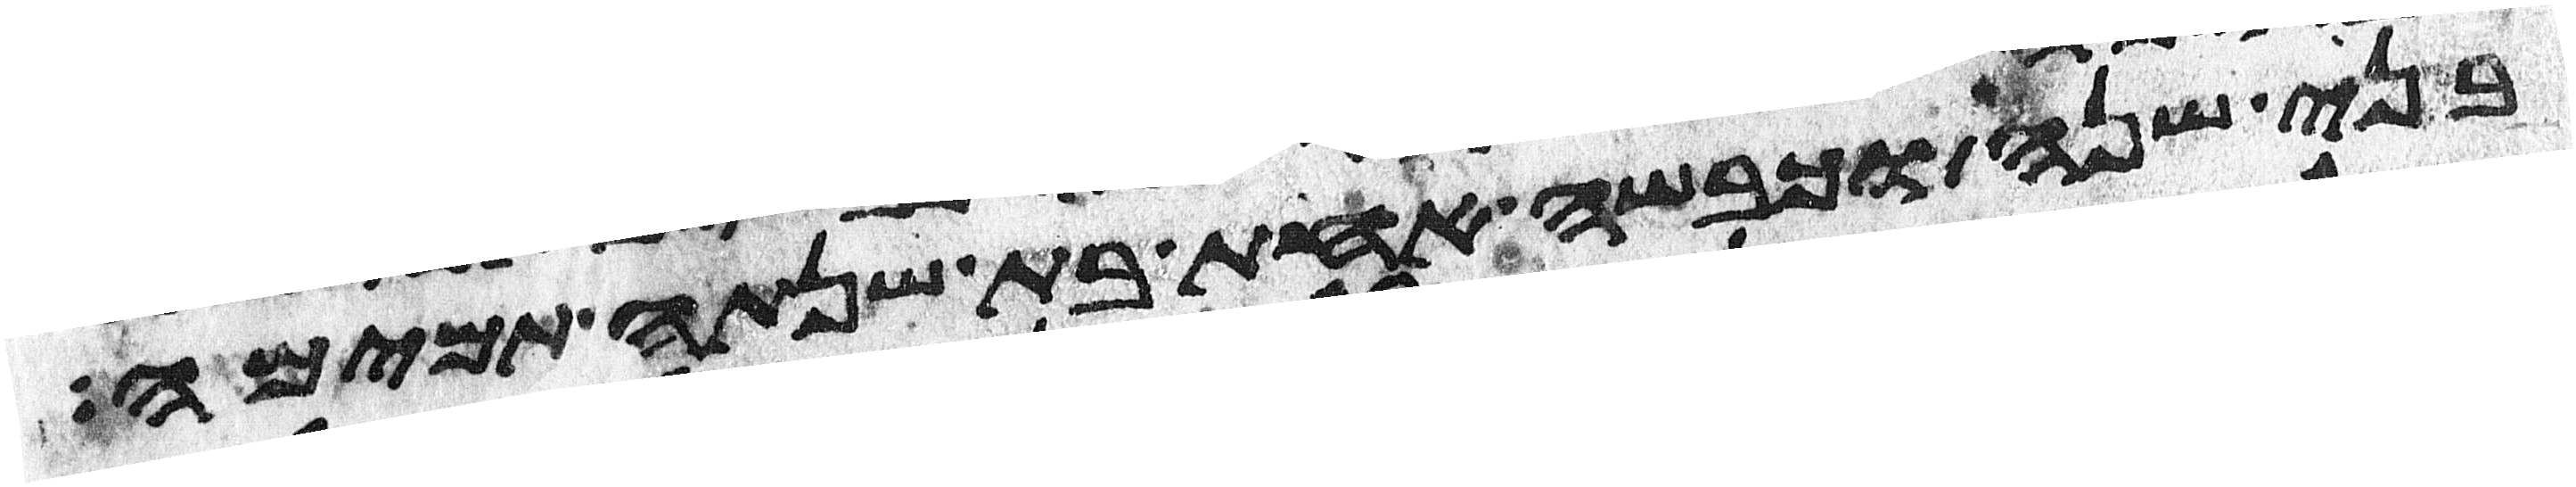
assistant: בני שנה וכבשה אחת בת שנתה תמימה